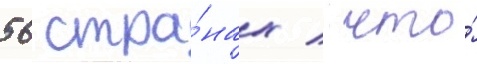
56 стра́нах / что́